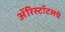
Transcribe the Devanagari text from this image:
ॲरिस्टॉटलचे